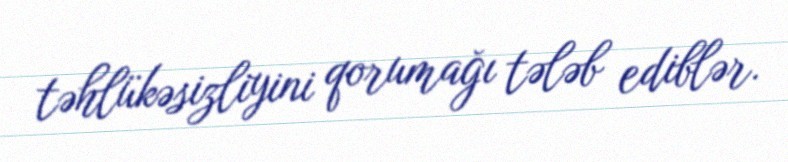
təhlükəsizliyini qorumağı tələb ediblər.